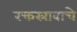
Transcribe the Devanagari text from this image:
रक्तस्रावाचे